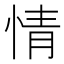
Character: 情